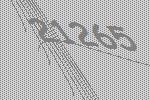
21265